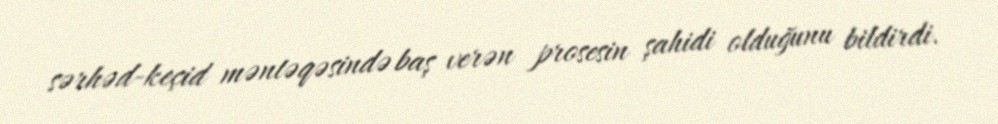
sərhəd-keçid məntəqəsində baş verən prosesin şahidi olduğunu bildirdi.